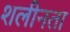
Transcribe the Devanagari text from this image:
शलीनता